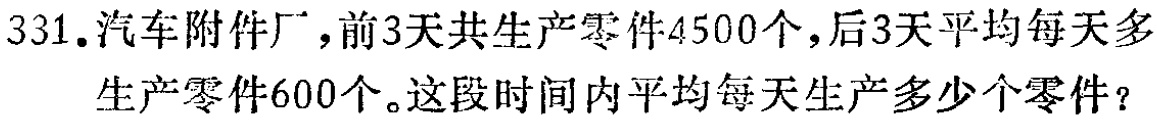
331.汽车附件厂，前3天共生产零件4500个，后3天平均每天多生产零件600个。这段时间内平均每天生产多少个零件？